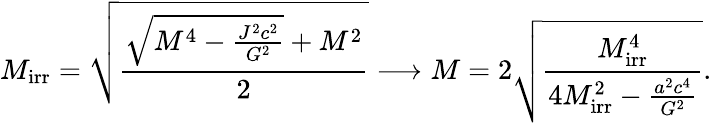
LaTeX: M_{\mathrm{{irr}}}={\sqrt{\frac{{\sqrt{M^{4}-{\frac{J^{2}c^{2}}{G^{2}}}}}+M^{2}}{2}}}\longrightarrow M=2{\sqrt{\frac{M_{\mathrm{{irr}}}^{4}}{4M_{\mathrm{{irr}}}^{2}-{\frac{a^{2}c^{4}}{G^{2}}}}}}.